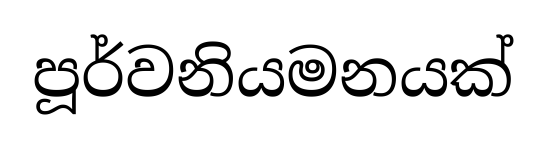
පූර්වනියමනයක්